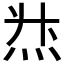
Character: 𱪻